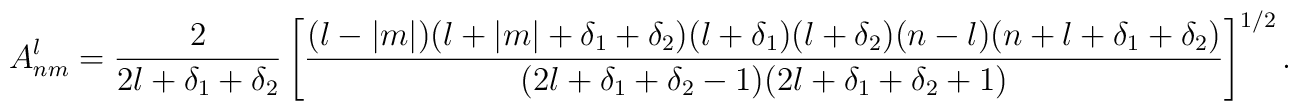
A_{nm}^l = \frac{2}{2l+\delta_1+\delta_2} \left[\frac{(l-|m|)(l+|m|+\delta_1+\delta_2)(l+\delta_1)(l+\delta_2)(n-l)(n+l+\delta_1+\delta_2)}{(2l+\delta_1+\delta_2-1)(2l+\delta_1+\delta_2+1)}\right] ^{1/2}.